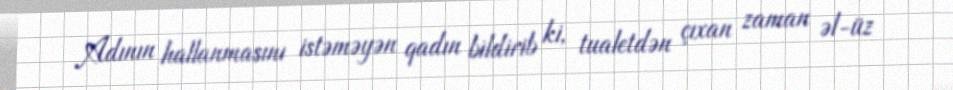
Adının hallanmasını istəməyən qadın bildirib ki, tualetdən çıxan zaman əl-üz